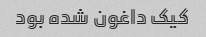
کیک داغون شده بود